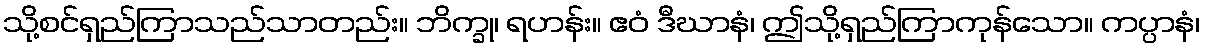
သို့စင်ရှည်ကြာသည်သာတည်း။ ဘိက္ခု၊ ရဟန်း။ ဧဝံ ဒီဃာနံ၊ ဤသို့ရှည်ကြာကုန်သော။ ကပ္ပာနံ၊